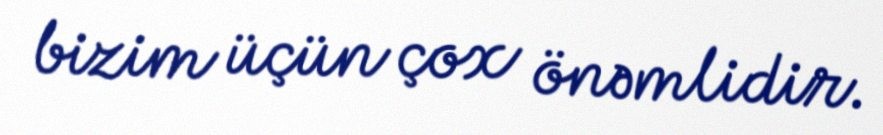
bizim üçün çox önəmlidir.